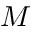
M